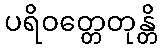
ပရိဝတ္တေတုန္တိ